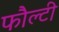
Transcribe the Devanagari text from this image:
फौल्टी